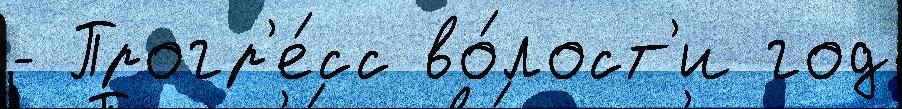
- Прогр'е́сс во́лост'и год